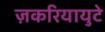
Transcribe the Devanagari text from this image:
ज़करियायुटे